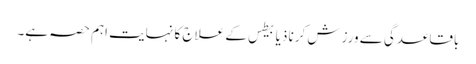
باقاعدگی سے ورزش کرنا ذیابیطس کے علاج کا نہایت اہم حصہ ہے۔